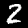
Label: 2